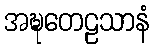
အဍ္ဎတေဠသာနံ